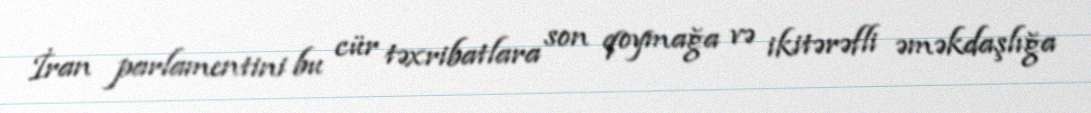
İran parlamentini bu cür təxribatlara son qoymağa və ikitərəfli əməkdaşlığa